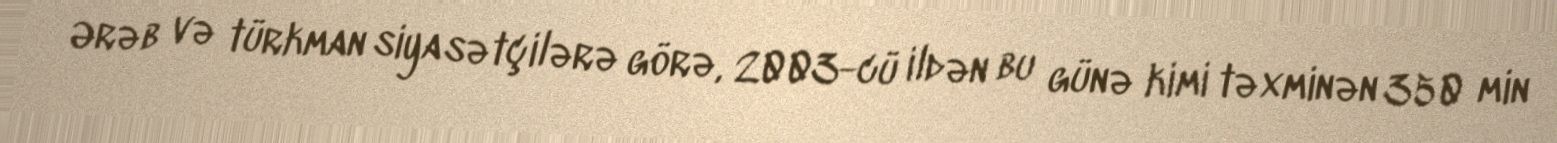
Ərəb və türkman siyasətçilərə görə, 2003-cü ildən bu günə kimi təxminən 350 min